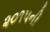
૨૦૧૫ની